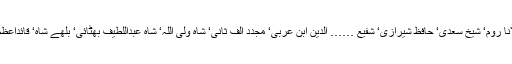
ہمارے ہیروز میں امام غزالیؒ ‘ امام رازیؒ‘ مولانا رومؒ‘ شیخ سعدی‘ حافظ شیرازی‘ شفیع …… الدین ابن عربیؒ‘ مجدد الف ثانیؒ‘ شاہ ولی اللہ‘ شاہ عبداللطیف بھٹائی‘ بلھے شاہ‘ قائداعظم اور اقبال جیسی سینکڑوں شخصیات شامل ہیں۔